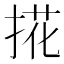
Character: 𢯘